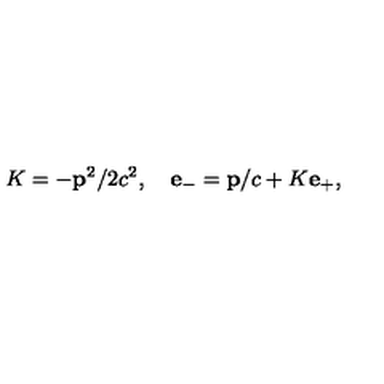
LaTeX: K = - { \bf p } ^ { 2 } / 2 c ^ { 2 } , \quad { \bf e } _ { - } = { \bf p } / c + K { \bf e } _ { + } ,